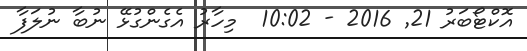
އޮކްޓޯބަރު 21